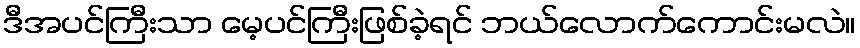
ဒီအပင်ကြီးသာ မေ့ပင်ကြီးဖြစ်ခဲ့ရင် ဘယ်လောက်ကောင်းမလဲ။